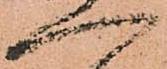
へ